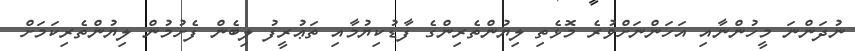
ނުދަންނަ މީހުންނާއި އަހަންނަށްވުރެ މޮޅެތި ލިޔުންތެރިންގެ ފާޑުކިޔުމާއި ތަޢުރީފު ލިބެން ފެށުމުން ލިޔުންތެރިކަމަށް